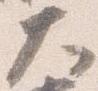
大